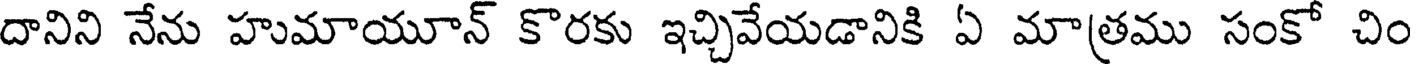
దానిని నేను హుమాయూన్ కొరకు ఇచ్చివేయడానికి ఏ మాత్రము సంకో చిం